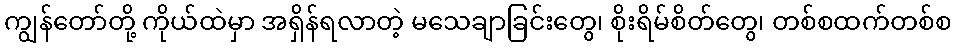
ကျွန်တော်တို့ ကိုယ်ထဲမှာ အရှိန်ရလာတဲ့ မသေချာခြင်းတွေ၊ စိုးရိမ်စိတ်တွေ၊ တစ်စထက်တစ်စ